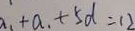
a _ { 1 } + a _ { 1 } + 5 d = 1 2